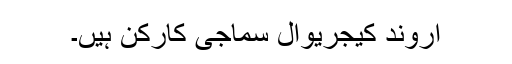
اروند کیجریوال سماجی کارکن ہیں۔